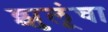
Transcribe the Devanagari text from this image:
झुलूंचा